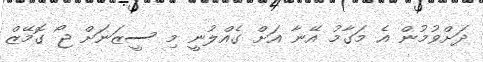
ދަށްވުމުން އެ މަގާމު އޭނާ އަށް ގެއްލުނީ މި ސީޒަނަށް ޖޯ ގޮމޭޒް